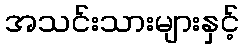
အသင်းသားများနှင့်